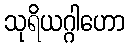
သုရိယဂ္ဂါဟော